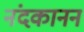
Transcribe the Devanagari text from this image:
नंदकानन